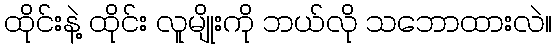
ထိုင်းနဲ့ ထိုင်း လူမျိုးကို ဘယ်လို သဘောထားလဲ။